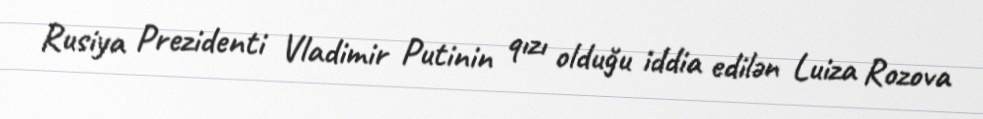
Rusiya Prezidenti Vladimir Putinin qızı olduğu iddia edilən Luiza Rozova